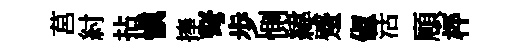
莒紂拈愼捧弩歩惻緯蹙俶活頋枰